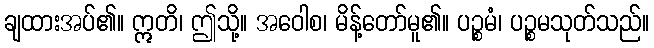
ချထားအပ်၏။ ဣတိ၊ ဤသို့။ အဝေါစ၊ မိန့်တော်မူ၏။ ပဉ္စမံ၊ ပဉ္စမသုတ်သည်။